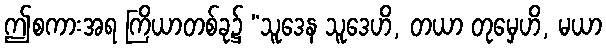
ဤစကားအရ ကြိယာတစ်ခု၌ “သူဒေန သူဒေဟိ, တယာ တုမှေဟိ, မယာ